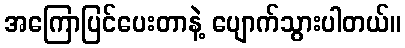
အကြောပြင်ပေးတာနဲ့ ပျောက်သွားပါတယ်။